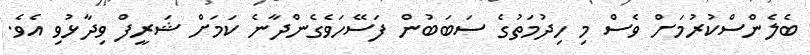
ބެލެންސްކުރުމަށް ވެސް މި ހިދުމަތުގެ ސަބަބުން ފަސޭހަވެގެންދާނެ ކަމަށް ޝަރީފް ވިދާޅުވި އެވެ.